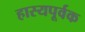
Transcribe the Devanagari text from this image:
हास्यपूर्वक